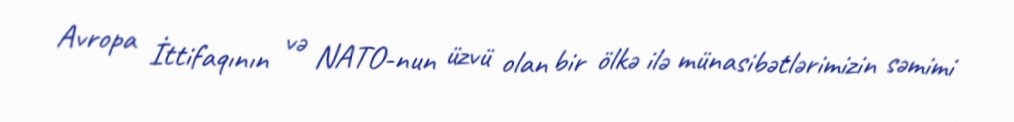
Avropa İttifaqının və NATO-nun üzvü olan bir ölkə ilə münasibətlərimizin səmimi